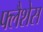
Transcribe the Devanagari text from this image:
फ्लैशेस